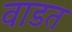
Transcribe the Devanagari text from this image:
वाडत